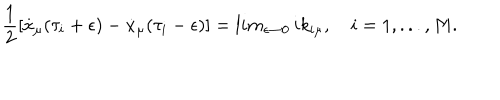
{ \frac { 1 } { 2 } } [ \dot { x } _ { \mu } ( \tau _ { i } + \epsilon ) - \dot { x } _ { \mu } ( \tau _ { i } - \epsilon ) ] = l i m _ { \epsilon \rightarrow 0 } \, i k _ { i \mu } , \quad i = 1 , . . . , M .